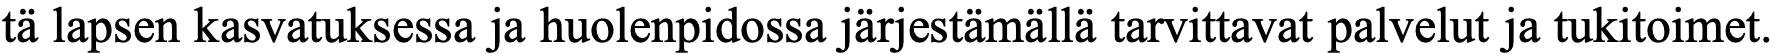
tä lapsen kasvatuksessa ja huolenpidossa järjestämällä tarvittavat palvelut ja tukitoimet.